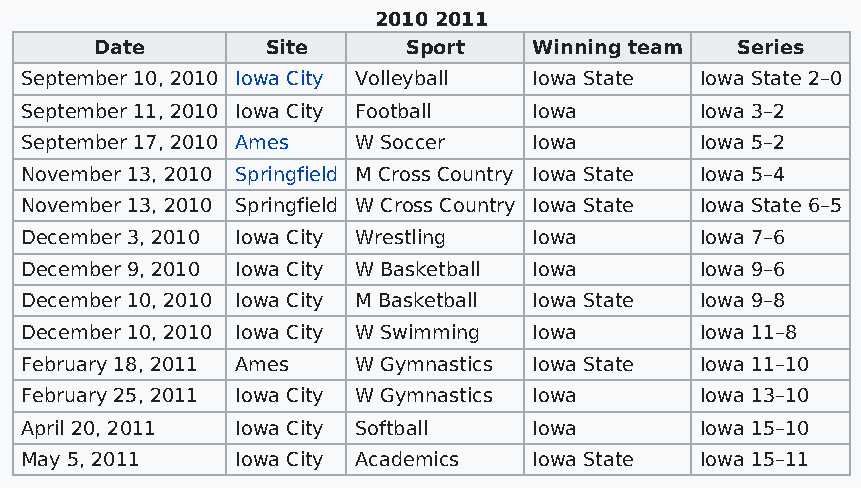
2010 2011
 Date        Site     Sport   Winning team  Series
 September 10, 2010 Iowa City Volleyball Iowa State Iowa State 2–0
 September 11, 2010 Iowa City Football Iowa   Iowa 3–2
 September 17, 2010 Ames W Soccer  Iowa       Iowa 5–2
 November 13, 2010 Springfield M Cross Country Iowa State Iowa 5–4
 November 13, 2010 Springfield W Cross Country Iowa State Iowa State 6–5
 December 3, 2010 Iowa City Wrestling Iowa    Iowa 7–6
 December 9, 2010 Iowa City W Basketball Iowa Iowa 9–6
 December 10, 2010 Iowa City M Basketball Iowa State Iowa 9–8
 December 10, 2010 Iowa City W Swimming Iowa  Iowa 11–8
 February 18, 2011 Ames W Gymnastics Iowa State Iowa 11–10
 February 25, 2011 Iowa City W Gymnastics Iowa Iowa 13–10
 April 20, 2011 Iowa City Softball Iowa       Iowa 15–10
 May 5, 2011    Iowa City Academics Iowa State Iowa 15–11